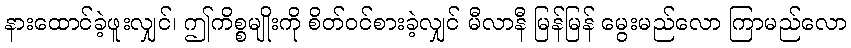
နားထောင်ခဲ့ဖူးလျှင်၊ ဤကိစ္စမျိုးကို စိတ်ဝင်စားခဲ့လျှင် မီလာနီ မြန်မြန် မွေးမည်လော ကြာမည်လော